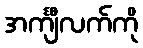
အင်္ကျီလက်ကို